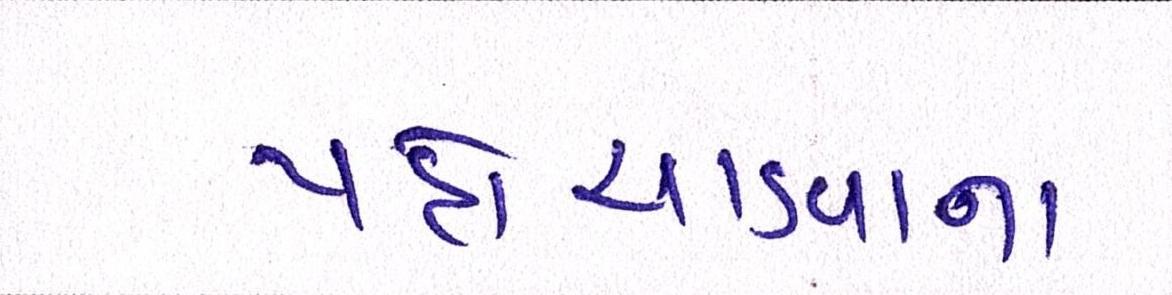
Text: પહોંચાડવાના